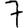
Digit: 7